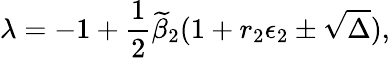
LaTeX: \lambda=-1+\frac{1}{2}\widetilde{\beta}_{2}(1+r_{2}\epsilon_{2}\pm\sqrt{\Delta}),